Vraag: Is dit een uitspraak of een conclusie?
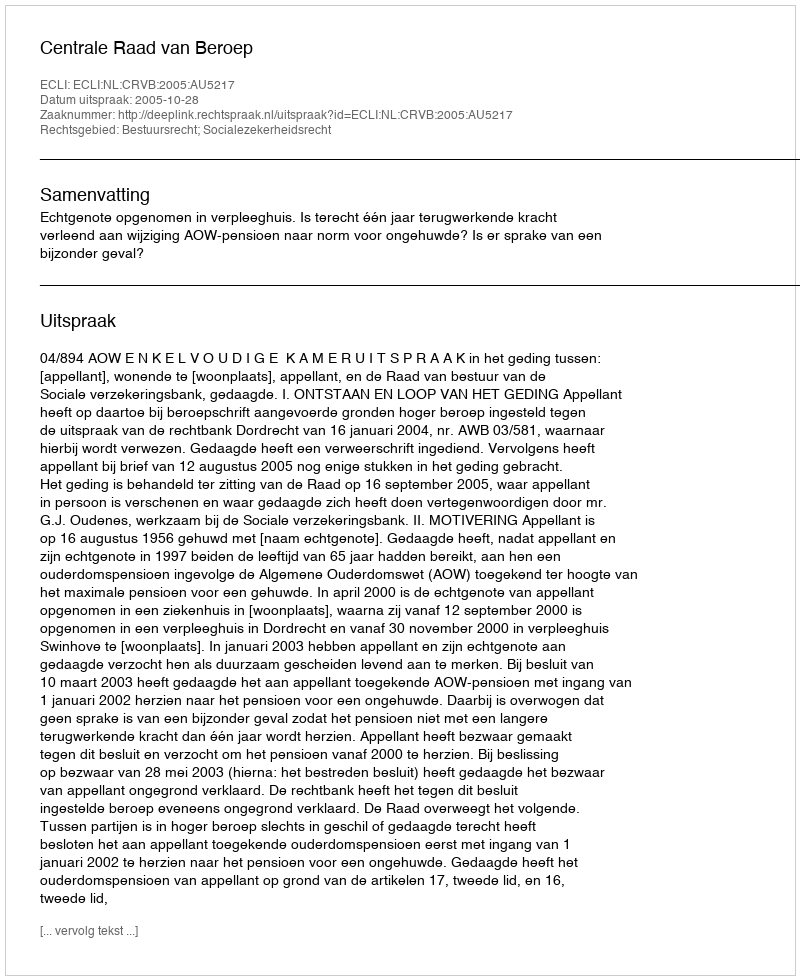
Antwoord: Uitspraak